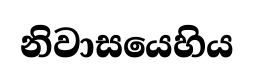
නිවාසයෙහිය